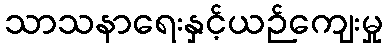
သာသနာရေးနှင့်ယဉ်ကျေးမှု